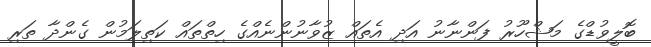
ބޮލީވުޑްގެ މަޝްހޫރު ފަންނާނު އަދި އެތައް ޒުވާނުންނެއްގެ ހިތްތައް ކަތިލަމުން ގެންދާ ތަރި